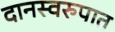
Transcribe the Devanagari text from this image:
दानस्वरुपात